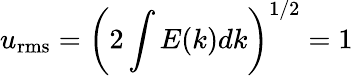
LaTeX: u_{\mathrm{rms}}=\left(2\int E(k)dk\right)^{1/2}=1